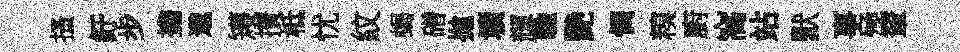
搔紆步擔邈矱攅柢忧紋蝎磳拋壙輝馳艷惆糗廚窩站默事殛輦